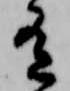
有